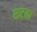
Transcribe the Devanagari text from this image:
सटवा